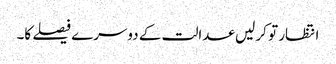
انتظار تو کر لیں عدالت کے دوسرے فیصلے کا۔